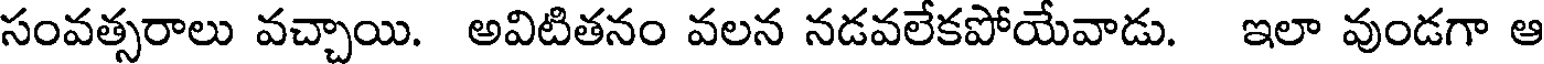
సంవత్సరాలు వచ్చాయి. అవిటితనం వలన నడవలేకపోయేవాడు. ఇలా వుండగా ఆ